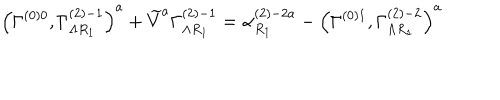
LaTeX: \left( \Gamma _ { } ^ { \left( 0 \right) 0 } , \Gamma _ { \Lambda R _ { 1 } } ^ { \left( 2 \right) - 1 } \right) ^ { a } + \widetilde { V } ^ { a } \Gamma _ { \Lambda R _ { 1 } } ^ { \left( 2 \right) - 1 } = \alpha _ { R _ { 1 } } ^ { \left( 2 \right) - 2 a } - \left( \Gamma _ { } ^ { \left( 0 \right) 1 } , \Gamma _ { \Lambda R _ { 1 } } ^ { \left( 2 \right) - 2 } \right) ^ { a }